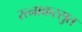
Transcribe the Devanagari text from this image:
रत्नाकरसुत